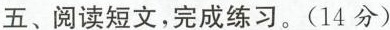
五、阅读短文，完成练习。(14分）